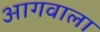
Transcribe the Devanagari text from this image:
आगवाला